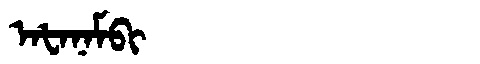
Manchu: ᠠᡶᠠᠨᠠᠮᠪᡳ
Romanization: AFANAMBI